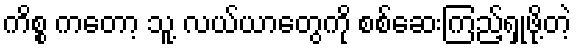
ကိစ္စ ကတော့ သူ့ လယ်ယာတွေကို စစ်ဆေးကြည့်ရှုဖို့တဲ့